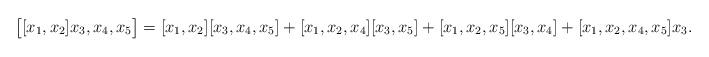
LaTeX: \begin{align*}\bigl[ [x_1, x_2] x_3, x_4, x_5 \bigr] = [x_1, x_2] [x_3, x_4, x_5] + [x_1, x_2, x_4] [x_3, x_5] + [x_1, x_2, x_5] [x_3, x_4] + [x_1, x_2, x_4, x_5] x_3 .\end{align*}